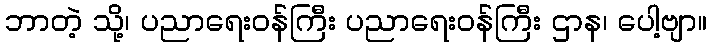
ဘာတဲ့ သို့၊ ပညာရေးဝန်ကြီး ပညာရေးဝန်ကြီး ဌာန၊ ပေါ့ဗျာ။